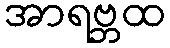
အာရဗ္ဘထ